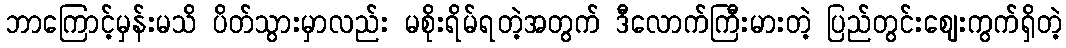
ဘာကြောင့်မှန်းမသိ ပိတ်သွားမှာလည်း မစိုးရိမ်ရတဲ့အတွက် ဒီလောက်ကြီးမားတဲ့ ပြည်တွင်းဈေးကွက်ရှိတဲ့